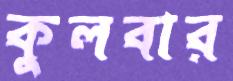
কুলবার